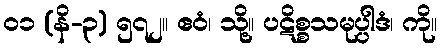
၀၁ (နိ-၃) ၅၇၂။ ဧဝံ၊ သို့။ ပဋိစ္စသမုပ္ပါဒံ၊ ကို။